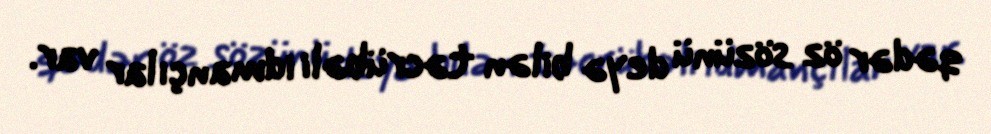
qədər öz sözünü deyə bilən təcrübəli idmançılar var.